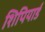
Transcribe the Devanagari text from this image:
शिपियार्ड